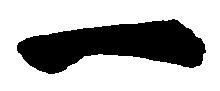
一